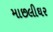
માછલીઘર